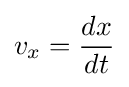
v_{x}={\frac {dx}{dt}}